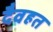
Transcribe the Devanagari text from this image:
दैवहत